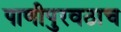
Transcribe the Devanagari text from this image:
पाणीपुरवठाच